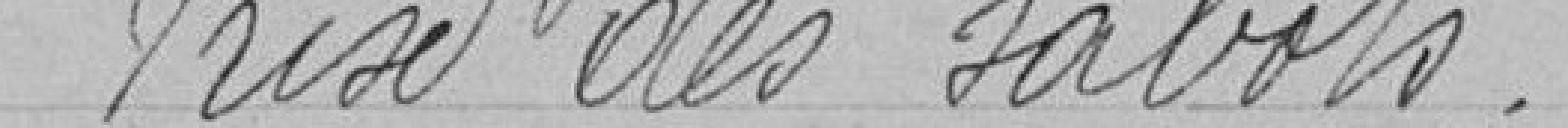
Prise des sabots